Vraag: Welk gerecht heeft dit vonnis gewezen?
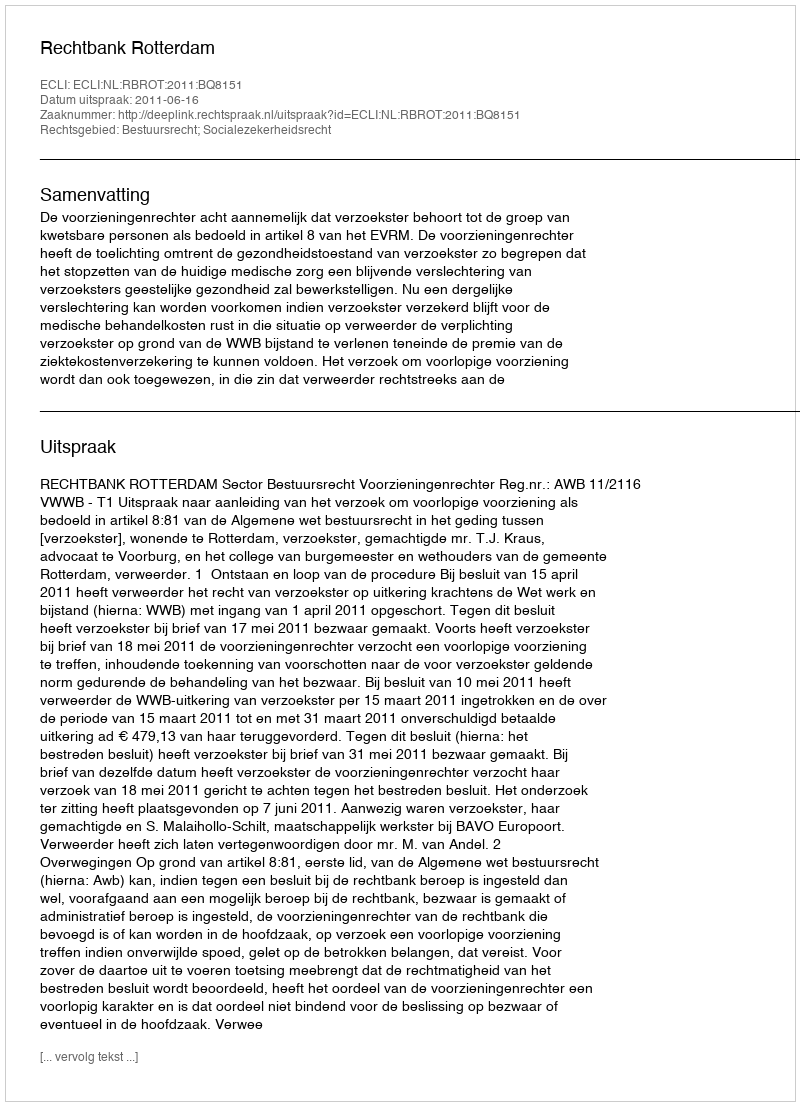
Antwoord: Rechtbank Rotterdam